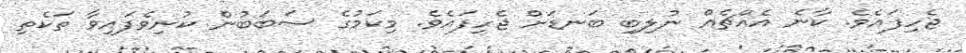
ޖެހިފައެވެ. ކާނެ އެއްޗެއް ނުލިބި ބަނޑަށް ޖެހިފައެވެ. މިކަމުގެ ސަބަބުން ކުނިވެފައިވާ ތަކެތި